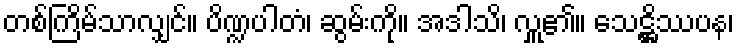
တစ်ကြိမ်သာလျှင်။ ပိဏ္ဍပါတံ၊ ဆွမ်းကို။ အဒါသိ၊ လှူ၏။ သေဋ္ဌိဿပန၊